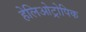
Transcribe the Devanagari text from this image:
हेलिओट्रोपिक